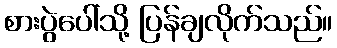
စားပွဲပေါ်သို့ ပြန်ချလိုက်သည်။